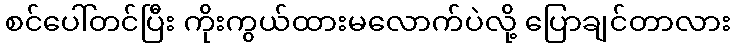
စင်ပေါ်တင်ပြီး ကိုးကွယ်ထားမလောက်ပဲလို့ ပြောချင်တာလား